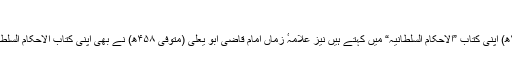
مکتب خلفاء کے پیروکاروں کے نظریات
قاضیوں میں سے بہترین قاضی ماوردی بغدادی(متوفی ۴۵۰ھ) اپنی کتاب ”الاحکام السلطانیہ“ میں کہتے ہیں نیز علّامہٴ زماں امام قاضی ابو یعلی (متوفی ۴۵۸ھ) نے بھی اپنی کتاب الاحکام السلطانیہ میں کہا ہے کہ امامت دو طریقوں سے منعقد ہو تی ہے۔